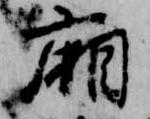
廂